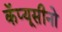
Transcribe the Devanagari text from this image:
कॅप्यूसीनो